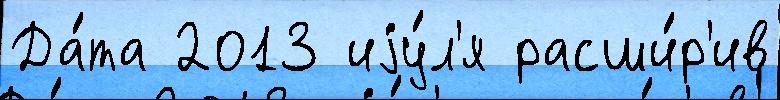
Да́та 2013 иjу́л'я расши́р'ив